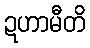
ဍဟာမီတိ